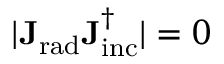
| \mathbf { J _ { \mathrm { { r a d } } } } \mathbf { J _ { \mathrm { { i n c } } } ^ { \dagger } } | = 0